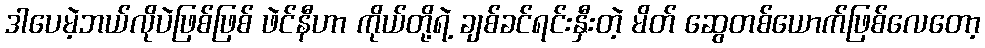
ဒါပေမဲ့ဘယ်လိုပဲဖြစ်ဖြစ် ဖဲင်နီဟာ ကိုယ်တို့ရဲ့ ချစ်ခင်ရင်းနှီးတဲ့ မိတ် ဆွေတစ်ယောက်ဖြစ်လေတော့